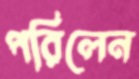
পরিলেন